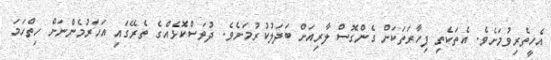
އެހީތެރިވުމަށެވެ. އެތަކެތި ފިހާރަތަކަށް ގެންގޮސް ލާރިއަށް ބަދަލުކުރުމަށެވެ. ދުވަސްކޮޅެއްގެ ތެރޭގައި އަހަރުމެންނަށް ހިތްހަމަ